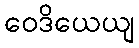
ဝေဒိယေယျ